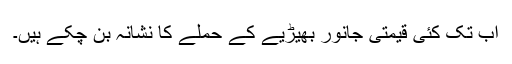
اب تک کئی قیمتی جانور بھیڑیے کے حملے کا نشانہ بن چکے ہیں۔